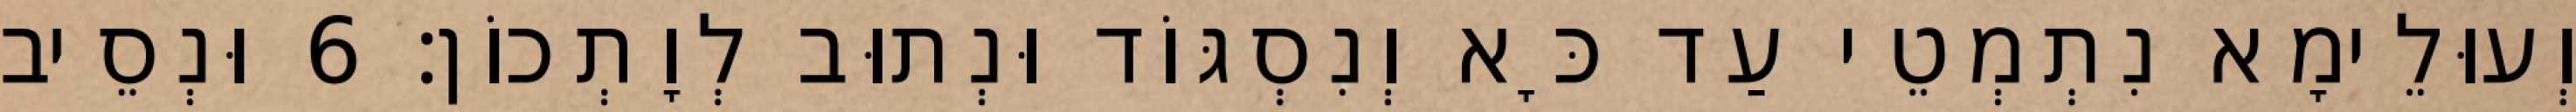
וְעוּלֵימָא נִתְמְטֵי עַד כָּא וְנִסְגּוֹד וּנְתוּב לְוָתְכוֹן׃ 6 וּנְסֵיב